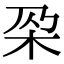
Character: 𣏻